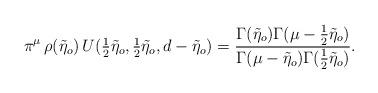
LaTeX: \begin{align*}\pi^{\mu}\,\rho(\tilde{\eta}_{o})\,U({\textstyle{\frac{1}{2}}}\tilde{\eta}_{o},{\textstyle{\frac{1}{2}}}\tilde{\eta}_{o},d-\tilde{\eta}_{o})=\frac{\Gamma(\tilde{\eta}_{o})\Gamma(\mu-\frac{1}{2}\tilde{\eta}_{o})}{\Gamma(\mu-\tilde{\eta}_{o})\Gamma(\frac{1}{2}\tilde{\eta}_{o})}.\end{align*}